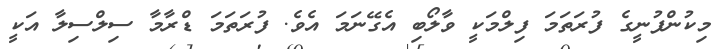
މިކުންފުނީގެ ފުރަތަމަ ފިލްމަކީ ވާލޯބި އެގޭނަމަ އެވެ. ފުރަތަމަ ޑްރާމާ ސިލްސިލާ އަކީ